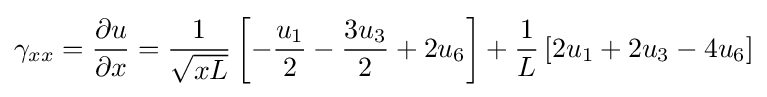
\gamma _{xx}={\frac {\partial u}{\partial x}}={\frac {1}{\sqrt {xL}}}\left[-{\frac {u_{1}}{2}}-{\frac {3u_{3}}{2}}+2u_{6}\right]+{\frac {1}{L}}\left[2u_{1}+2u_{3}-4u_{6}\right]